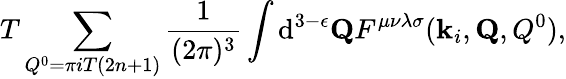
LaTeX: T\sum_{Q^{0}=\pi iT(2n+1)}{\frac{1}{(2\pi)^{3}}}\int\mathrm{d}^{3-\epsilon}{\mathbf Q}F^{\mu\nu\lambda\sigma}({\mathbf k}_{i},{\mathbf Q},Q^{0}),